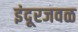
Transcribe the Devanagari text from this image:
इंदूरजवळ